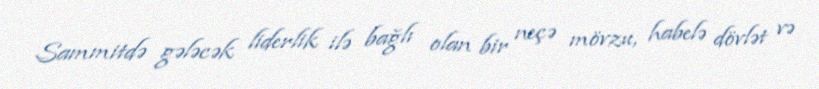
Sammitdə gələcək liderlik ilə bağlı olan bir neçə mövzu, habelə dövlət və